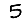
Digit: 5